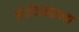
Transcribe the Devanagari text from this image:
शेतीजवळच्या